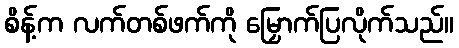
စိန့်က လက်တစ်ဖက်ကို မြှောက်ပြလိုက်သည်။